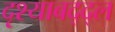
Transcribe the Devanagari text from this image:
दृश्याबद्द्ल